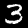
Digit: 3